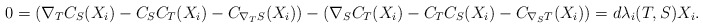
\begin{align*} 0=(\nabla_T C_S(X_i)-C_SC_T(X_i)-C_{\nabla_T S}(X_i))-(\nabla_S C_T(X_i)-C_TC_S(X_i)-C_{\nabla_S T}(X_i))=d\lambda_i(T,S)X_i. \end{align*}